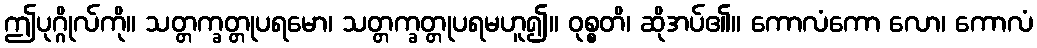
ဤပုဂ္ဂိုလ်ကို။ သတ္တက္ခတ္တုပရမော၊ သတ္တက္ခတ္တုပရမဟူ၍။ ဝုစ္စတိ၊ ဆိုအပ်၏။ ကောလံကော လော၊ ကောလံ